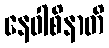
နေဝါစိနာတိ